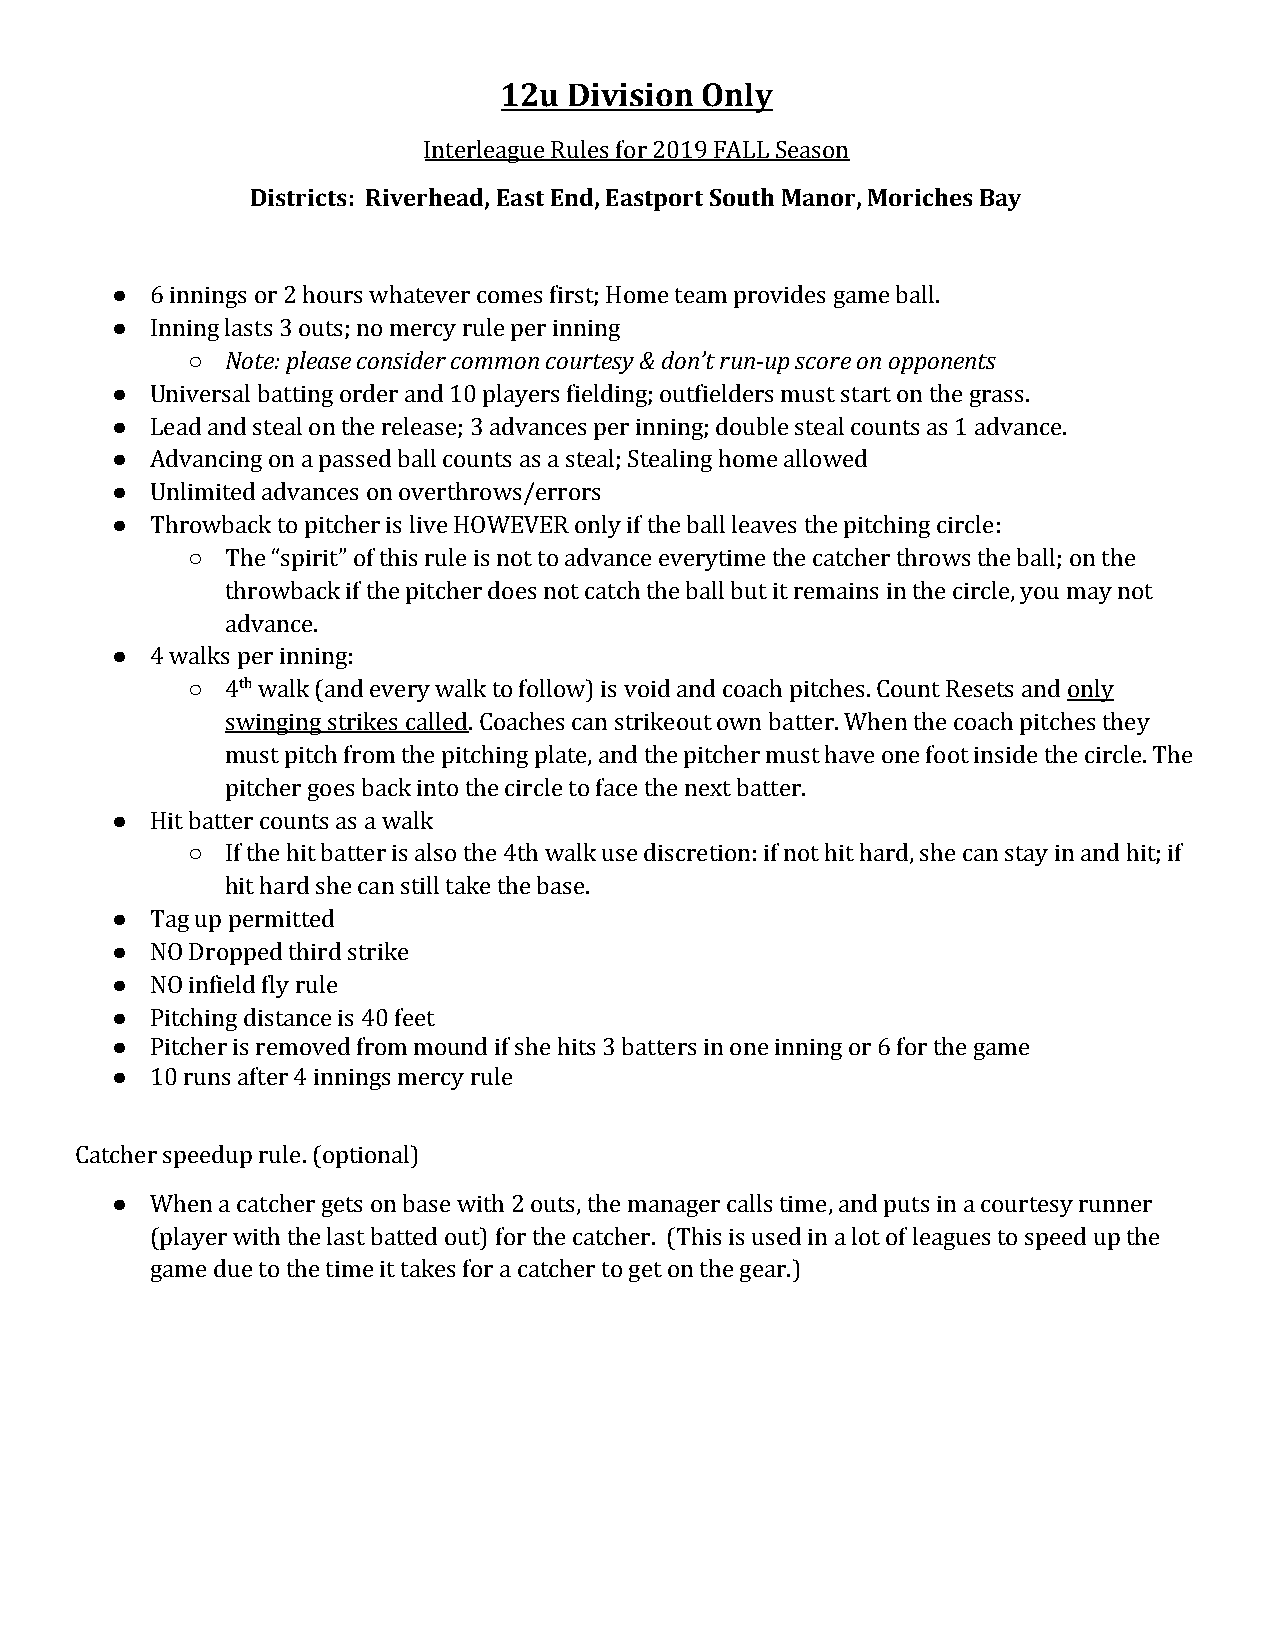
12u  Division Only
 Interleague Rules for 2019 FALL Season
 Districts: Riverhead, East End, Eastport South Manor, Moriches Bay
 ●  6 innings or 2 hours whatever comes first; Home team provides game ball.
 ●  Inning lasts 3 outs; no mercy rule per inning
 ○  Note: please consider common courtesy & don’t run-up score on opponents
 ●  Universal batting order and 10 players fielding; outfielders must start on the grass.
 ●  Lead and steal on the release; 3 advances per inning; double steal counts as 1 advance.
 ●  Advancing on a passed ball counts as a steal; Stealing home allowed
 ●  Unlimited advances on overthrows/errors
 ●  Throwback to pitcher is live HOWEVER only if the ball leaves the pitching circle:
 ○  The “spirit” of this rule is not to advance everytime the catcher throws the ball; on the
 throwback if the pitcher does not catch the ball but it remains in the circle, you may not
 advance.
 ●  4 walks per inning:
 ○  4th walk (and every walk to follow) is void and coach pitches. Count Resets and only
 ​
 ​                                                      ​
 swinging strikes called. Coaches can strikeout own batter. When the coach pitches they
 ​
 must pitch from the pitching plate, and the pitcher must have one foot inside the circle. The
 pitcher goes back into the circle to face the next batter.
 ●  Hit batter counts as a walk
 ○  If the hit batter is also the 4th walk use discretion: if not hit hard, she can stay in and hit; if
 hit hard she can still take the base.
 ●  Tag up permitted
 ●  NO Dropped third strike
 ●  NO infield fly rule
 ●  Pitching distance is 40 feet
 ●  Pitcher is removed from mound if she hits 3 batters in one inning or 6 for the game
 ●  10 runs after 4 innings mercy rule
 Catcher speedup rule. (optional)
 ●  When a catcher gets on base with 2 outs, the manager calls time, and puts in a courtesy runner
 (player with the last batted out) for the catcher. (This is used in a lot of leagues to speed up the
 game due to the time it takes for a catcher to get on the gear.)